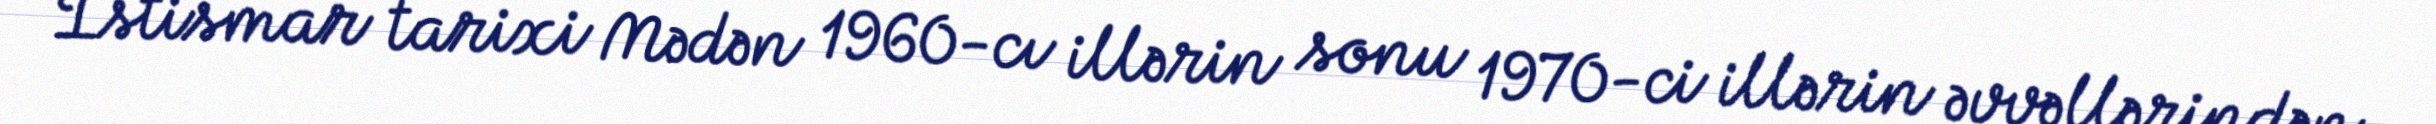
İstismar tarixi Mədən 1960-cı illərin sonu 1970-ci illərin əvvəllərindən